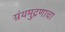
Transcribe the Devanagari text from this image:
ग्रंथमुद्रणाचा